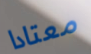
معتادا